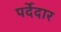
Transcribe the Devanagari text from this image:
पर्देदार